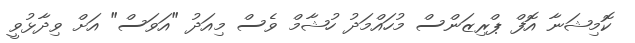
ކޮމިޝަނާ އޮފް ޕްރިޒަންސް މުހައްމަދު ހުޝާމް ވެސް މިއަދު "އަވަސް" އަށް ވިދާޅުވީ